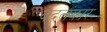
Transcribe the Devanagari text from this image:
वेदलंकार